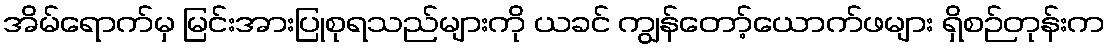
အိမ်ရောက်မှ မြင်းအားပြုစုရသည်များကို ယခင် ကျွန်တော့်ယောက်ဖများ ရှိစဉ်တုန်းက